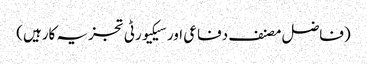
(فاضل مصنف دفاعی اور سیکیورٹی تجزیہ کارہیں)